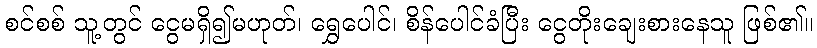
စင်စစ် သူ့တွင် ငွေမရှိ၍မဟုတ်၊ ရွှေပေါင်၊ စိန်ပေါင်ခံပြီး ငွေတိုးချေးစားနေသူ ဖြစ်၏။